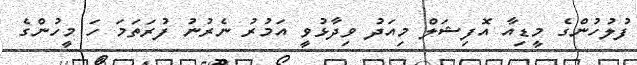
ފުލުހުންގެ މީޑިއާ އޮފިޝަލް މިއަދު ވިދާޅުވީ އަމުރު ނެރުނު ފުރަތަމަ ހަ މީހުންގެ